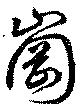
崗